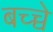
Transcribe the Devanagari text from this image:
बच्च्चे